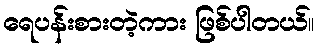
ရေပန်းစားတဲ့ကား ဖြစ်ပါတယ်။